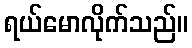
ရယ်မောလိုက်သည်။